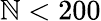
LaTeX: \mathbb{N}<200